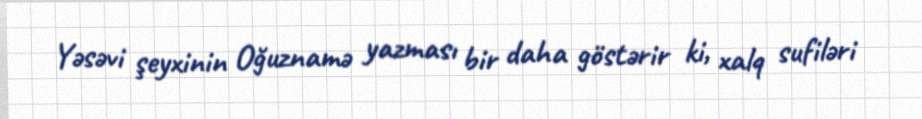
Yəsəvi şeyxinin Oğuznamə yazması bir daha göstərir ki, xalq sufiləri